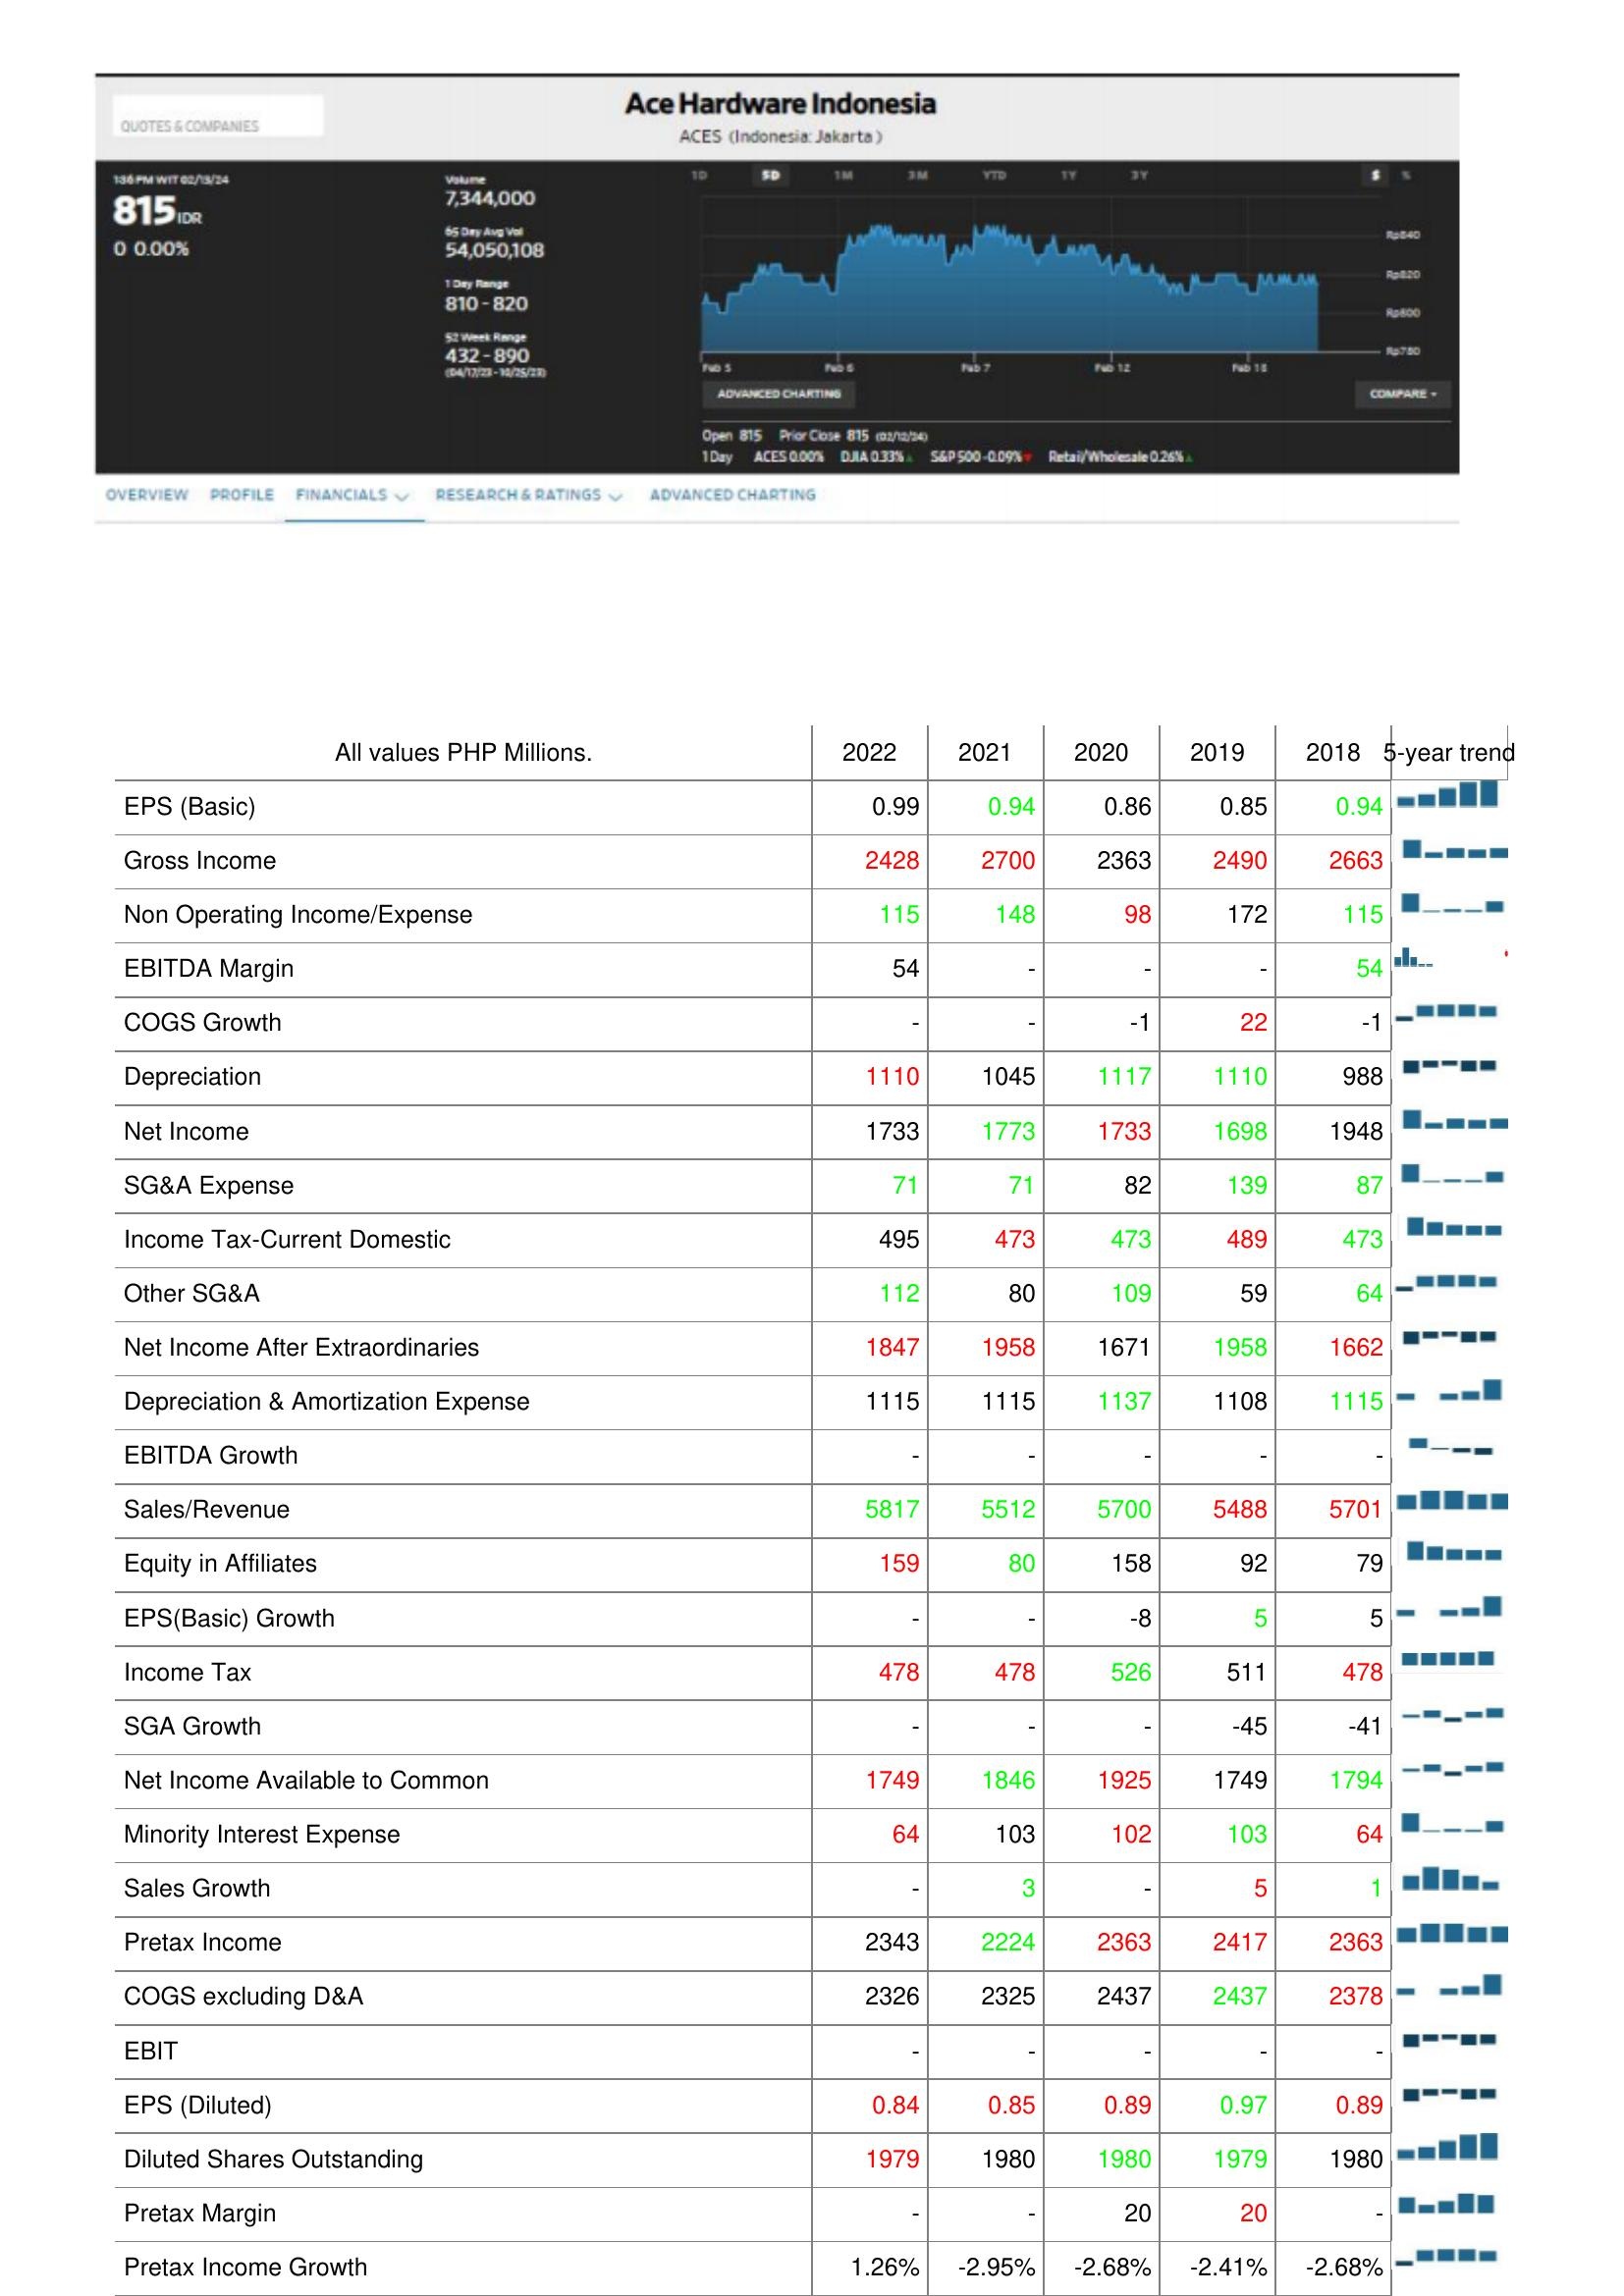
2022: : EPS (Basic): 0.99
Gross Income: 2428
Non Operating Income/Expense: 115
EBITDA Margin: 54
COGS Growth: -
Depreciation: 1110
Net Income: 1733
SG&A Expense: 71
Income Tax-Current Domestic: 495
Other SG&A: 112
Net Income After Extraordinaries: 1847
Depreciation & Amortization Expense: 1115
EBITDA Growth: -
Sales/Revenue: 5817
Equity in Affiliates: 159
EPS(Basic) Growth: -
Income Tax: 478
SGA Growth: -
Net Income Available to Common: 1749
Minority Interest Expense: 64
Sales Growth: -
Pretax Income: 2343
COGS excluding D&A: 2326
EBIT: -
EPS (Diluted): 0.84
Diluted Shares Outstanding: 1979
Pretax Margin: -
Pretax Income Growth: 1.26%
2021: : EPS (Basic): 0.94
Gross Income: 2700
Non Operating Income/Expense: 148
EBITDA Margin: -
COGS Growth: -
Depreciation: 1045
Net Income: 1773
SG&A Expense: 71
Income Tax-Current Domestic: 473
Other SG&A: 80
Net Income After Extraordinaries: 1958
Depreciation & Amortization Expense: 1115
EBITDA Growth: -
Sales/Revenue: 5512
Equity in Affiliates: 80
EPS(Basic) Growth: -
Income Tax: 478
SGA Growth: -
Net Income Available to Common: 1846
Minority Interest Expense: 103
Sales Growth: 3
Pretax Income: 2224
COGS excluding D&A: 2325
EBIT: -
EPS (Diluted): 0.85
Diluted Shares Outstanding: 1980
Pretax Margin: -
Pretax Income Growth: -2.95%
2020: : EPS (Basic): 0.86
Gross Income: 2363
Non Operating Income/Expense: 98
EBITDA Margin: -
COGS Growth: -1
Depreciation: 1117
Net Income: 1733
SG&A Expense: 82
Income Tax-Current Domestic: 473
Other SG&A: 109
Net Income After Extraordinaries: 1671
Depreciation & Amortization Expense: 1137
EBITDA Growth: -
Sales/Revenue: 5700
Equity in Affiliates: 158
EPS(Basic) Growth: -8
Income Tax: 526
SGA Growth: -
Net Income Available to Common: 1925
Minority Interest Expense: 102
Sales Growth: -
Pretax Income: 2363
COGS excluding D&A: 2437
EBIT: -
EPS (Diluted): 0.89
Diluted Shares Outstanding: 1980
Pretax Margin: 20
Pretax Income Growth: -2.68%
2019: : EPS (Basic): 0.85
Gross Income: 2490
Non Operating Income/Expense: 172
EBITDA Margin: -
COGS Growth: 22
Depreciation: 1110
Net Income: 1698
SG&A Expense: 139
Income Tax-Current Domestic: 489
Other SG&A: 59
Net Income After Extraordinaries: 1958
Depreciation & Amortization Expense: 1108
EBITDA Growth: -
Sales/Revenue: 5488
Equity in Affiliates: 92
EPS(Basic) Growth: 5
Income Tax: 511
SGA Growth: -45
Net Income Available to Common: 1749
Minority Interest Expense: 103
Sales Growth: 5
Pretax Income: 2417
COGS excluding D&A: 2437
EBIT: -
EPS (Diluted): 0.97
Diluted Shares Outstanding: 1979
Pretax Margin: 20
Pretax Income Growth: -2.41%
2018: : EPS (Basic): 0.94
Gross Income: 2663
Non Operating Income/Expense: 115
EBITDA Margin: 54
COGS Growth: -1
Depreciation: 988
Net Income: 1948
SG&A Expense: 87
Income Tax-Current Domestic: 473
Other SG&A: 64
Net Income After Extraordinaries: 1662
Depreciation & Amortization Expense: 1115
EBITDA Growth: -
Sales/Revenue: 5701
Equity in Affiliates: 79
EPS(Basic) Growth: 5
Income Tax: 478
SGA Growth: -41
Net Income Available to Common: 1794
Minority Interest Expense: 64
Sales Growth: 1
Pretax Income: 2363
COGS excluding D&A: 2378
EBIT: -
EPS (Diluted): 0.89
Diluted Shares Outstanding: 1980
Pretax Margin: -
Pretax Income Growth: -2.68%